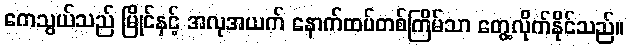
ကေသွယ်သည် မြိုင်နှင့် အလုအယက် နောက်ထပ်တစ်ကြိမ်သာ တွေ့လိုက်နိုင်သည်။